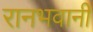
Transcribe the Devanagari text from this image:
रानभवानी